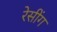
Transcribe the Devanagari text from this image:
रेसींग